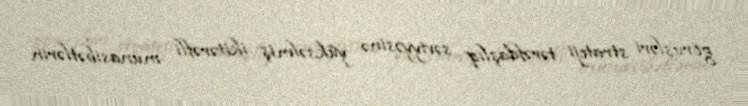
görüşləri strateji tərəfdaşlıq səviyyəsinə yüksəlmiş ikitərəfli münasibətlərin